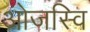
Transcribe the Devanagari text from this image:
ओजस्वि